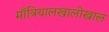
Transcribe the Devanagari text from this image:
माँत्रियालखालोखाल